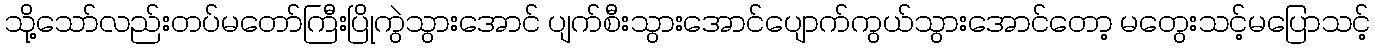
သို့သော်လည်းတပ်မတော်ကြီးပြိုကွဲသွားအောင် ပျက်စီးသွားအောင်ပျောက်ကွယ်သွားအောင်တော့ မတွေးသင့်မပြောသင့်